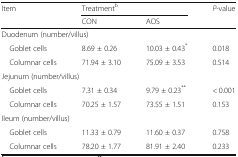
| <ROWSPAN=2> Item | <COLSPAN=2> Treatmentb | <ROWSPAN=2> P-value |
 | CON | AOS |
 | --- | --- | --- | --- |
 | <COLSPAN=4> Duodenum (number/villus) |
 | Goblet cells | 8.69 ± 0.26 | 10.03 ± 0.43* | 0.018 |
 | Columnar cells | 71.94 ± 3.10 | 75.09 ± 3.53 | 0.514 |
 | <COLSPAN=4> Jejunum (number/villus) |
 | Goblet cells | 7.31 ± 0.34 | 9.79 ± 0.23** | < 0.001 |
 | Columnar cells | 70.25 ± 1.57 | 73.55 ± 1.51 | 0.153 |
 | <COLSPAN=4> Ileum (number/villus) |
 | Goblet cells | 11.33 ± 0.79 | 11.60 ± 0.37 | 0.758 |
 | Columnar cells | 78.20 ± 1.77 | 81.91 ± 2.40 | 0.233 |